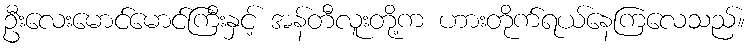
ဦးလေးမောင်မောင်ကြီးနှင့် အန်တီလူးတို့က ဟားတိုက်ရယ်နေကြလေသည်။